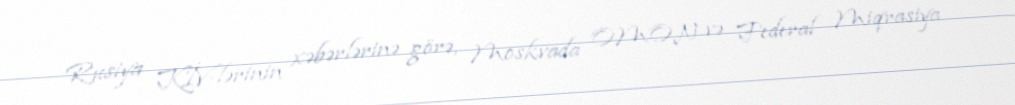
Rusiya KİV-lərinin xəbərlərinə görə, Moskvada OMON və Federal Miqrasiya